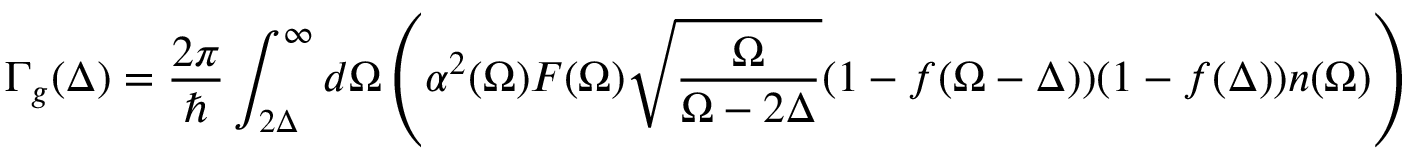
\Gamma _ { g } ( \Delta ) = \frac { 2 \pi } { \hbar } \int _ { 2 \Delta } ^ { \infty } d \Omega \left( \alpha ^ { 2 } ( \Omega ) F ( \Omega ) \sqrt { \frac { \Omega } { \Omega - 2 \Delta } } ( 1 - f ( \Omega - \Delta ) ) ( 1 - f ( \Delta ) ) n ( \Omega ) \right)